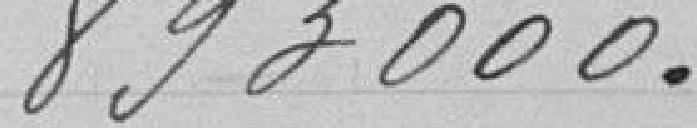
893000